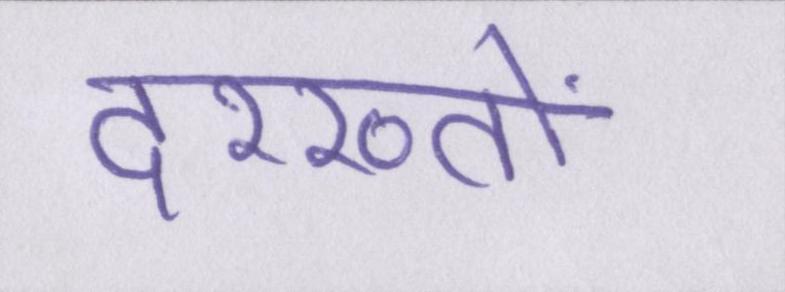
दरख्तों